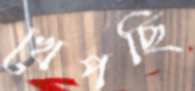
খেপছি